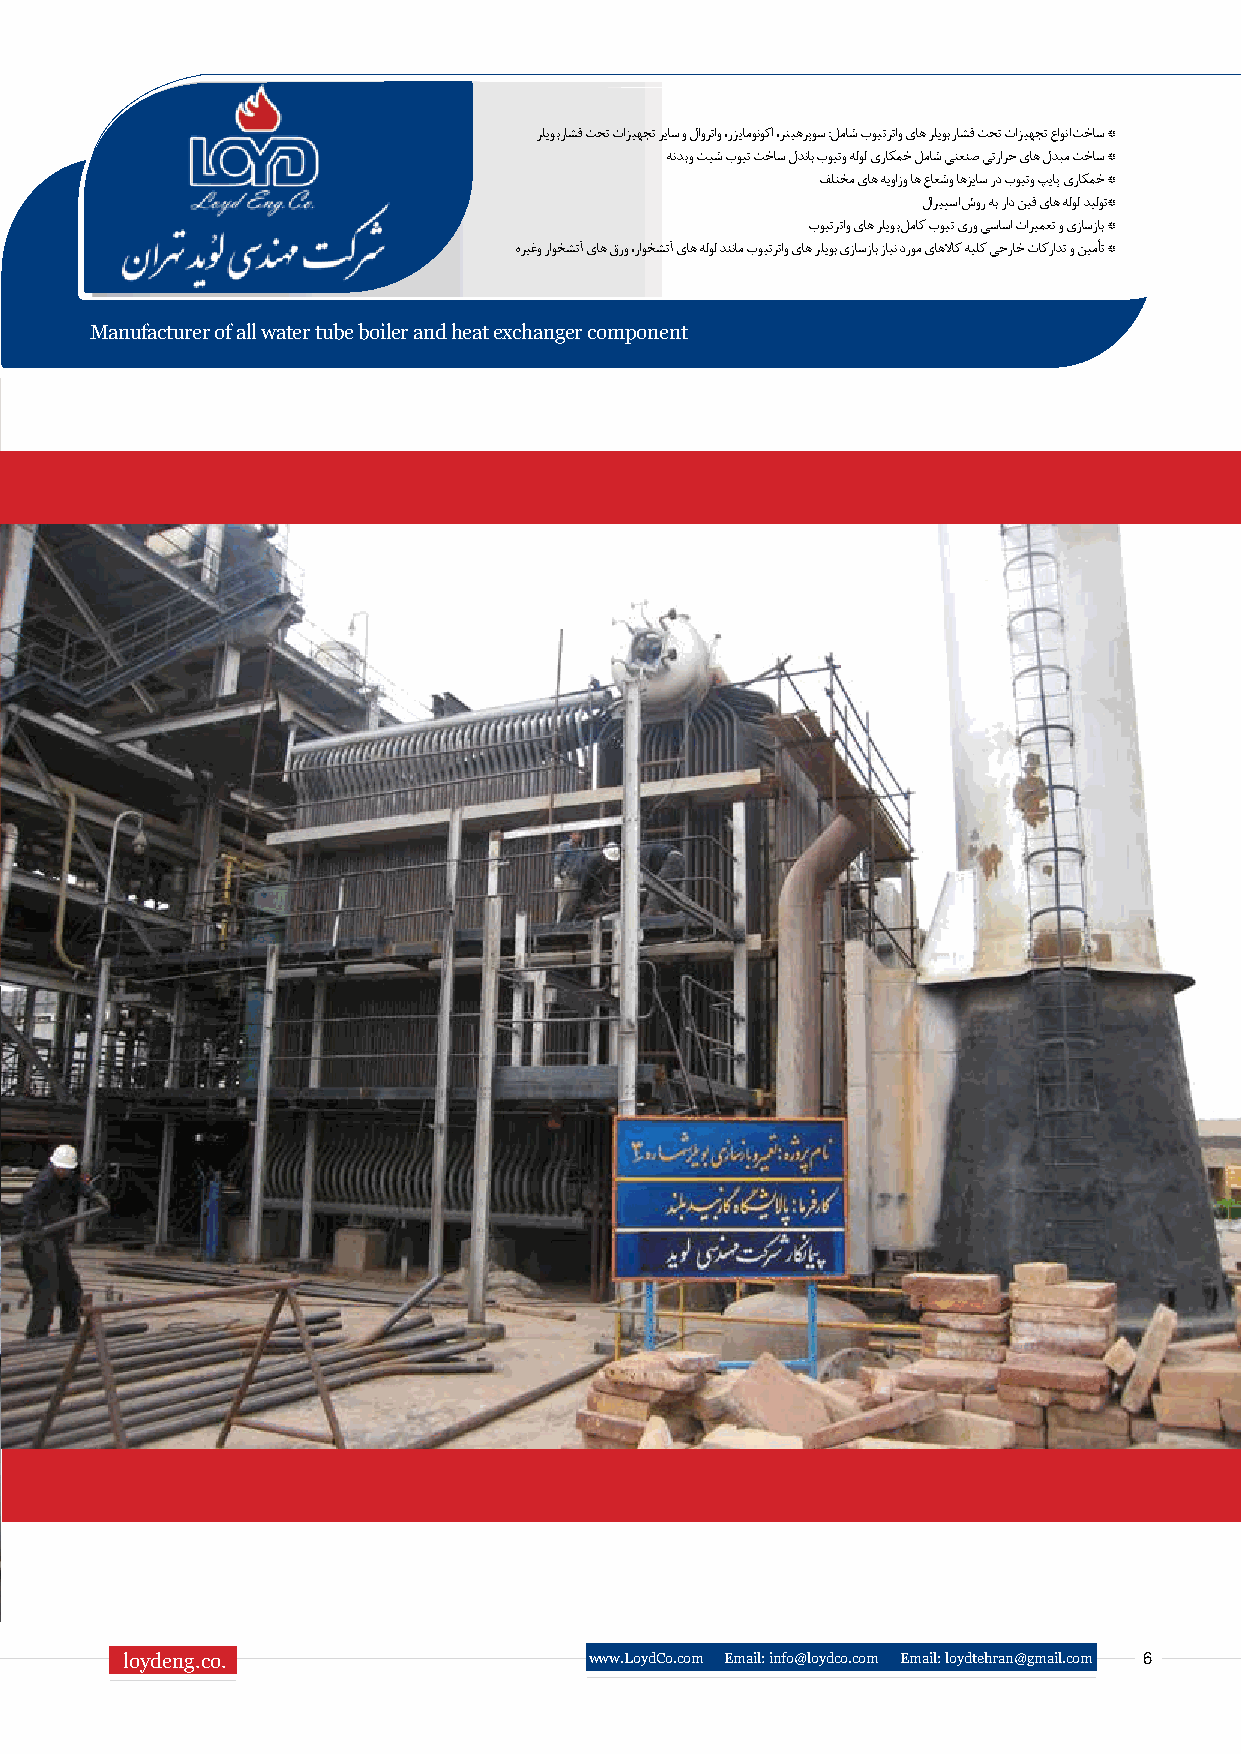
رلیوب راشف تحت تازیهجت ریاس و لاورتاو ،رزیامونوکا ،رتیهرپوس :لماش بویترتاو یاه رلیوب راشف تحت تازیهجت عاونا تخاس *
 هندب و تیش بویت تخاس لدناب بویتو هلول یراکمخ لماش یتعنص یترارح یاه لدبم تخاس *
 فلتخم یاه هیوازو اه عاعشو اهزیاس رد بویتو پیاپ یراکمخ *
 لاریپسا شور هب راد نیف یاه هلول دیلوت*
 بویترتاو یاه رلیوب لماک بویت یرو یساسا تاریمعت و یزاسزاب *
 هریغو راوخشتآ یاه قرو ،راوخشتآ یاه هلول دننام بویترتاو یاه رلیوب یزاسزاب زاین دروم یاهلااک هیلک یجراخ تاکرادت و نیمأت *
 Manufacturer of all water tube boiler and heat exchanger component
 loydeng.co.                    www.LoydCo.com Email: info@loydco.com Email: loydtehran@gmail.com 6